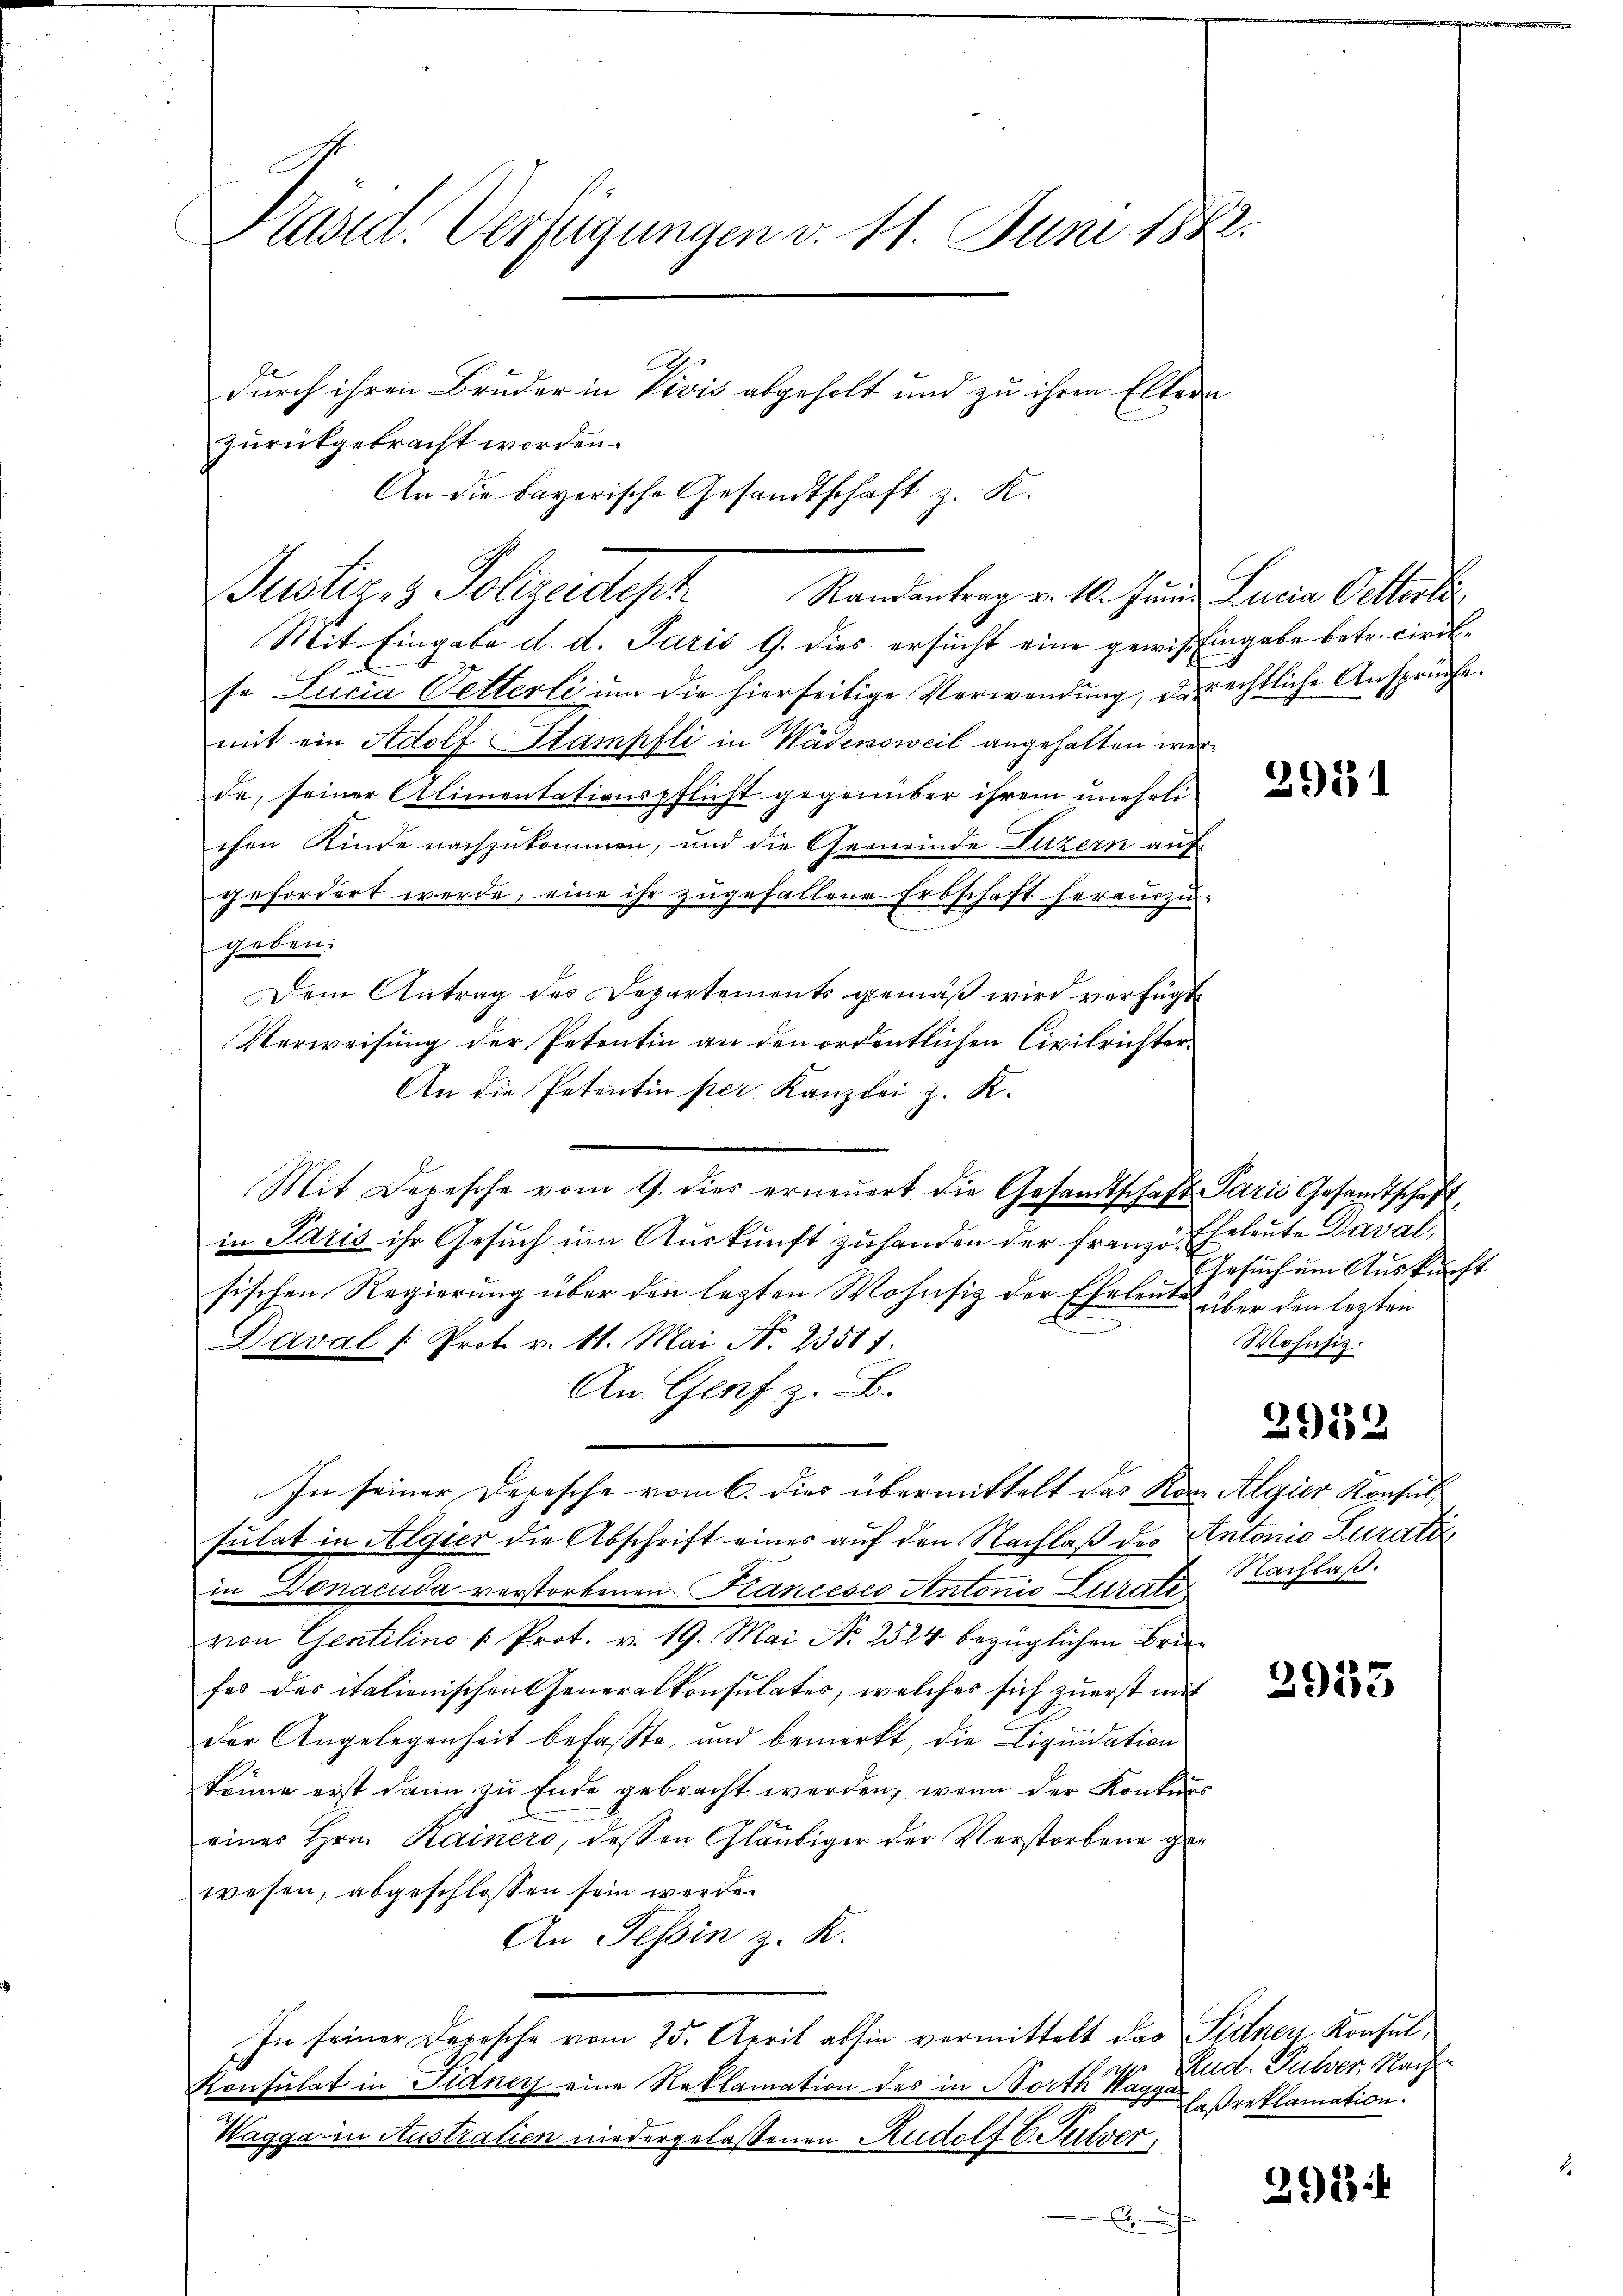
Präsid. Verfügungen v. 11. Juni 1882.
durch ihren Bruder in Vivis abgeholt und zu ihren Eltern
zurückgebracht worden.

An die bayerische Gesandtschaft z. K.
Justiz- & Polizeidteph
Mit Eingabe d. d. Paris G. dies ersucht eine gewiß Eingabe betr. civilse Lucia Petterli um die hierseitige Verwendung, derechtliche Ansprüche.
mit ein Adolf Stampfli in Wädensweil angehalten werde, seiner Alimentationspflicht gegenüber ihrem unehelichen Kinde nachzukommen, und die Gemeinde Luzern auf
gefordert werde, eine ihr zugefallene Erbschaft herauszu-
geben.
Dem Antrag des Departements gemäß wird verfügt
Verweisung der Petentin an den ordentlichen Civilrichter¬
An die Petentin per Kanzlei z. K.
Mit Depesche vom 9. dies erneŭert die Gesandtschaft Paris Gesandtschaft
in Paris ihr Gesuch um Auskunft zuhanden der Franzö- Eheleute Daval
sischen Regierung über den letzten Wohnsitz der Eheleutes über den lezten
A
Daval " Prot. v. 11. Mai No 23511.
An Genf z. B.
In seiner Depesche vom 6. dies übermittelt das Kan Algier Konsulsulat in Algier die Abschrift eines auf den Nachlaß des Autoris Curati
in Donacuda verstorbenen Krancesco Antonio Curate
von Gentilino u. Prot. v. 19. Mai No 2524 bezüglichen Briefes des italienischen Generalkonsulates, welches sich zuerst mit
der Angelegenheit befasste, und bemerkt, die Liquidation
könne erst dann zu Ende gebracht werden, wenn der Konkurs
eines Hrn. Kainero, dessen Gläubiger der Verstorbene gan
wesen, abgeschlossen sein werden
An Tessin z. R.
In seiner Depesche vom 25. April abhin vermittelt das Sidnen Konsul¬
Konsulat in Fidner eine Reklamation des in North Hagger Preklamation
22
Wagga in Austratien niedergelaßenen Rudolf E. Sutver
.

Randantrag v. 10. Junii Lucia Oetterli

2951

Gesuch um Auskunft
Mohnfis.

2912

Nachlaß.

2953

Rud. Pulver, Nach

391 f